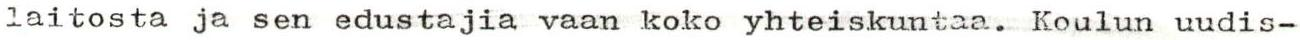
laitosta ja sen edustajia vaan koko yhteiskuntaa. Koulun uudis-